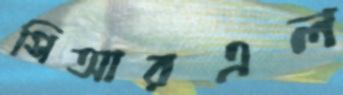
সিআরএল